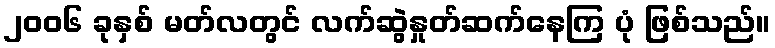
၂၀၀၆ ခုနှစ် မတ်လတွင် လက်ဆွဲနှုတ်ဆက်နေကြ ပုံ ဖြစ်သည်။